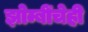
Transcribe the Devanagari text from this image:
झोम्बींचेही